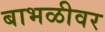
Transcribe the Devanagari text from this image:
बाभळीवर